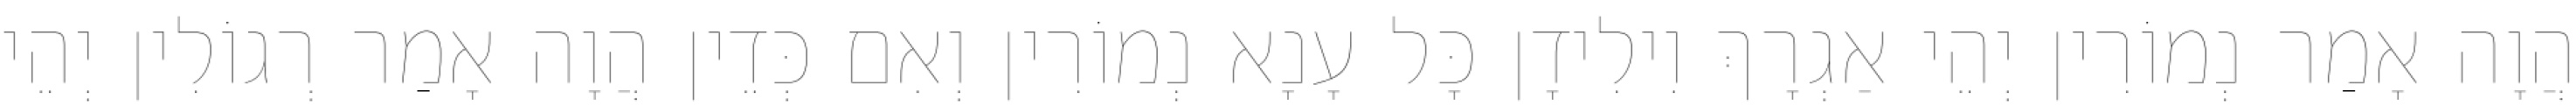
הֲוָה אָמַר נְמוֹרִין יְהֵי אַגְרָךְ וִילִידָן כָּל עָנָא נְמוֹרִין וְאִם כְּדֵין הֲוָה אָמַר רְגוֹלִין יְהֵי